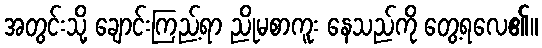
အတွင်းသို့ ချောင်းကြည့်ရာ ညိုမစာကူး နေသည်ကို တွေ့ရလေ၏။